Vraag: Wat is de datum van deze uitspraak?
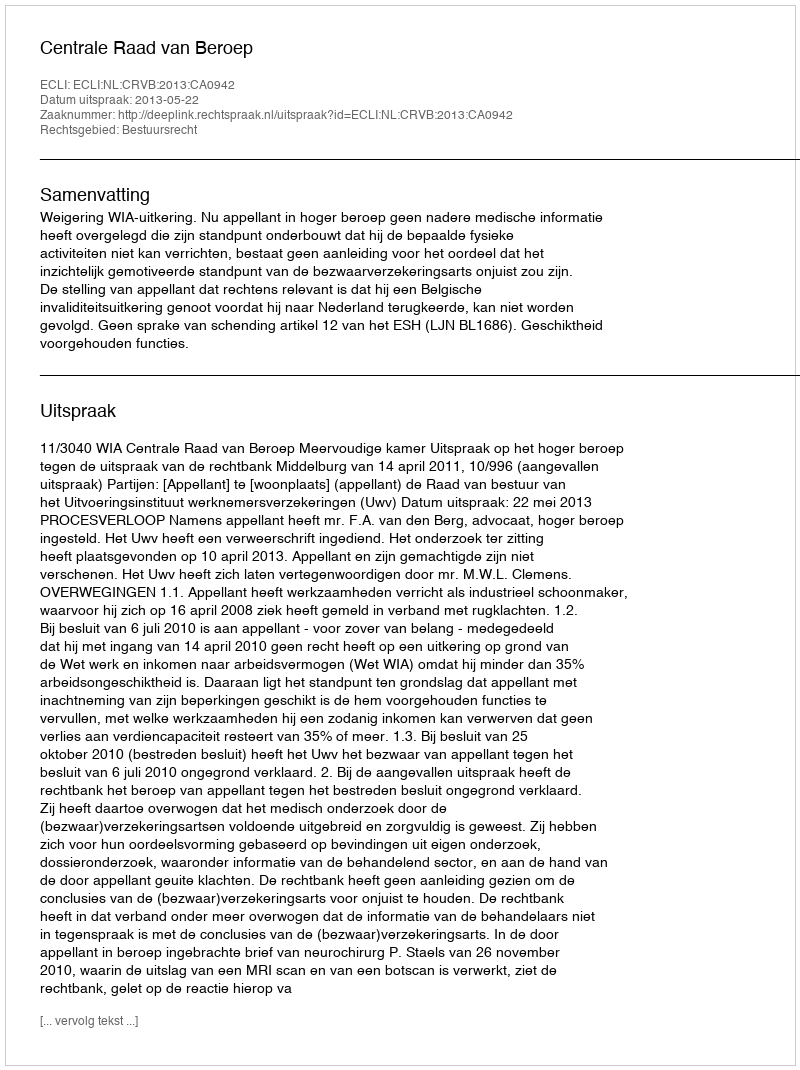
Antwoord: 2013-05-22